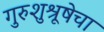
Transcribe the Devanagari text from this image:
गुरुशुश्रूषेचा